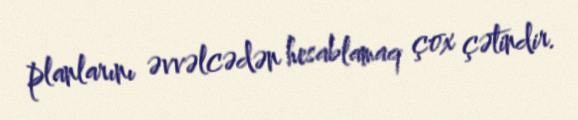
planlarını əvvəlcədən hesablamaq çox çətindir.